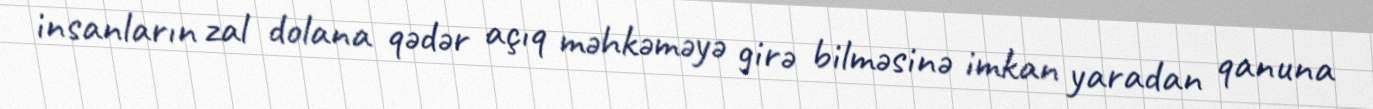
insanların zal dolana qədər açıq məhkəməyə girə bilməsinə imkan yaradan qanuna